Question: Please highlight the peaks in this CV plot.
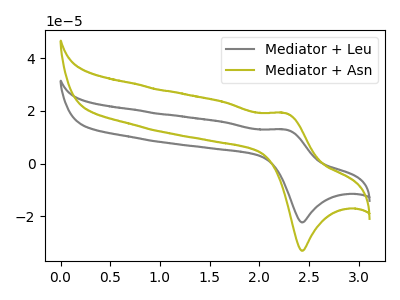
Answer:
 <answer>The gray curve "Mediator + Leu" has an anodic peak at (2.25V, 12.90uA) and a cathodic peak at (2.45V, -22.25uA). The olive curve "Mediator + Asn" has an anodic peak at (2.25V, 19.15uA) and a cathodic peak at (2.45V, -33.05uA).</answer>
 <eval></eval>